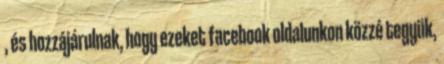
, és hozzájárulnak, hogy ezeket facebook oldalunkon közzé tegyük,